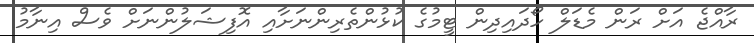
ރާއްޖެ އަށް ރަން މެޑަލް ހޯދައިދިން ޓީމުގެ ކުޅުންތެރިންނަށާއި އޮފިޝަލުންނަށް ވެސް އިނާމު